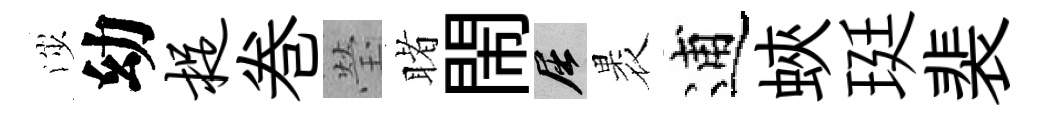
渉幼捉巻瑩睹閙屈褁逋蛺珽裴